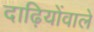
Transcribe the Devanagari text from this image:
दाढ़ियोंवाले